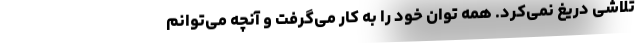
تلاشی دریغ نمی‌کرد. همه توان خود را به کار می‌گرفت و آنچه می‌توانم